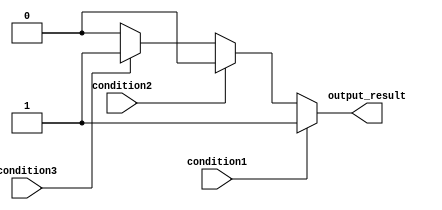
module multiple_if_else_statement(
    input wire condition1,
    input wire condition2,
    input wire condition3,
    output reg output_result
);

always @(*) begin
    if(condition1) begin
        output_result = 1;
    end
    else if(condition2) begin
        output_result = 2;
    end
    else if(condition3) begin
        output_result = 3;
    end
    else begin
        output_result = 0;
    end
end

endmodule